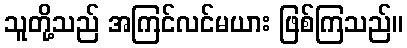
သူတို့သည် အကြင်လင်မယား ဖြစ်ကြသည်။